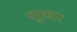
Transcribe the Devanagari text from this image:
चुत्सर